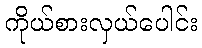
ကိုယ်စားလှယ်ပေါင်း